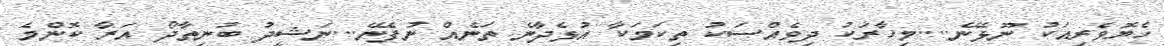
ހެޔޮވެރިއަކު ނޫޅޭނެ....މިހާރަކު ދިވެއްސަކު ތިކަމަކާ އުޅެދާނެ ތަނެއް ނުފެނޭ...ނަޝީދު ބުނިތާދޯ އަރާ ކޮންމެ